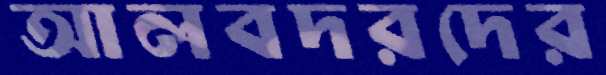
আলবদরদের